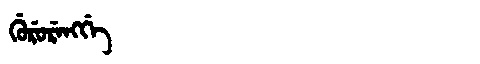
Manchu: ᡤᡠᡵᡠᡵᡝᠩᡤᡝ
Romanization: GURURENGGE